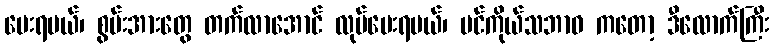
ပေးရမယ်၊ စွမ်းအားတွေ တက်လာအောင် လုပ်ပေးရမယ်၊ ပင်ကိုယ်သဘာဝ ကတော့ ဒီလောက်ကြီး